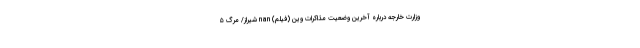
وزارت خارجه درباره آخرین وضعیت مذاکرات وین (فیلم) nan شیراز/ مرگ ۵